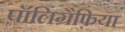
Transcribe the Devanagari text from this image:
पॉलिग्रैफ़िया